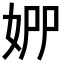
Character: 𡜢